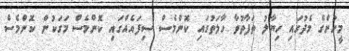
މީހުންގެ މެދުގައި ހިޔާލު ތަފާތުވާ ހާލަތުގައި ކޮންމެސް ސިފައެއްގައި ކޮންމެސް މަގަކުން ކޮންމެސް